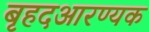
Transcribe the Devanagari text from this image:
बृहदआरण्यक